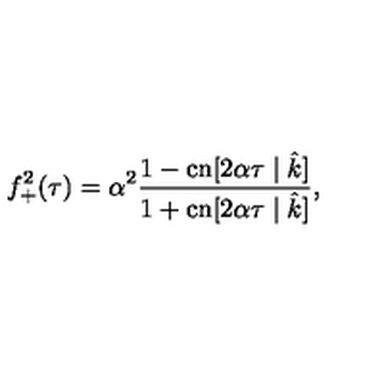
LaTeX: f _ { + } ^ { 2 } ( \tau ) = \alpha ^ { 2 } \frac { 1 - \mathrm { c n } [ 2 \alpha \tau \mid \hat { k } ] } { 1 + \mathrm { c n } [ 2 \alpha \tau \mid \hat { k } ] } ,